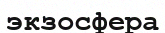
экзосфера